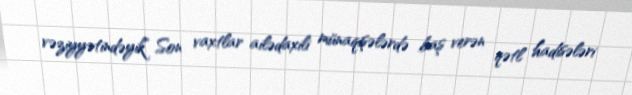
vəziyyətindəyik” Son vaxtlar ailədaxili münaqişələrdə baş verən qətl hadisələri